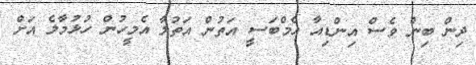
ދިން ބިން ވެސް އިންޑިއާ އެމްބަސީ އަތުން އަތުލާ އެމީހުން ހުޅުމާލެ އަށް